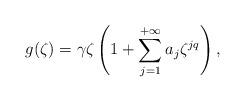
LaTeX: \begin{align*} g(\zeta)=\gamma \zeta \left( 1 + \sum_{j = 1}^{+ \infty} a_j \zeta^{jq} \right),\end{align*}